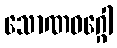
သောဏဝဂ္ဂေါ